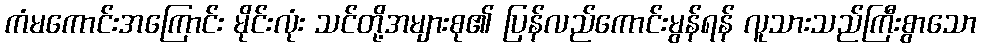
ကံမကောင်းအကြောင်း မိုင်းလုံး သင်တို့အများစု၏ ပြန်လည်ကောင်းမွန်ရန် လူသားသည်ကြီးစွာသော